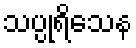
သပ္ပုရိသေန